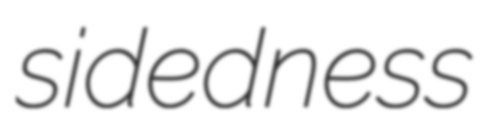
sidedness